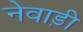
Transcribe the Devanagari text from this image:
नेवाड़ी